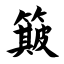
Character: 簸